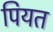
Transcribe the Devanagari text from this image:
पियत